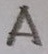
Text: A